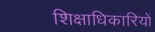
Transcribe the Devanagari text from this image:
शिक्षाधिकारियों